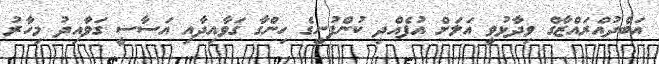
އަބްދުއްރައްޒާގް ވިދާޅުވީ އަލަށް އުފެއްދި ކުންފުނީގެ ހިންގާ ގަވާއިދާއި އަސާސީ ގަވާއިދު މިހާރު